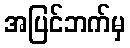
အပြင်ဘက်မှ